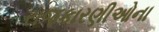
રાજકારણીઓના